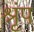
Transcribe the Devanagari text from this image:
श्रृंप